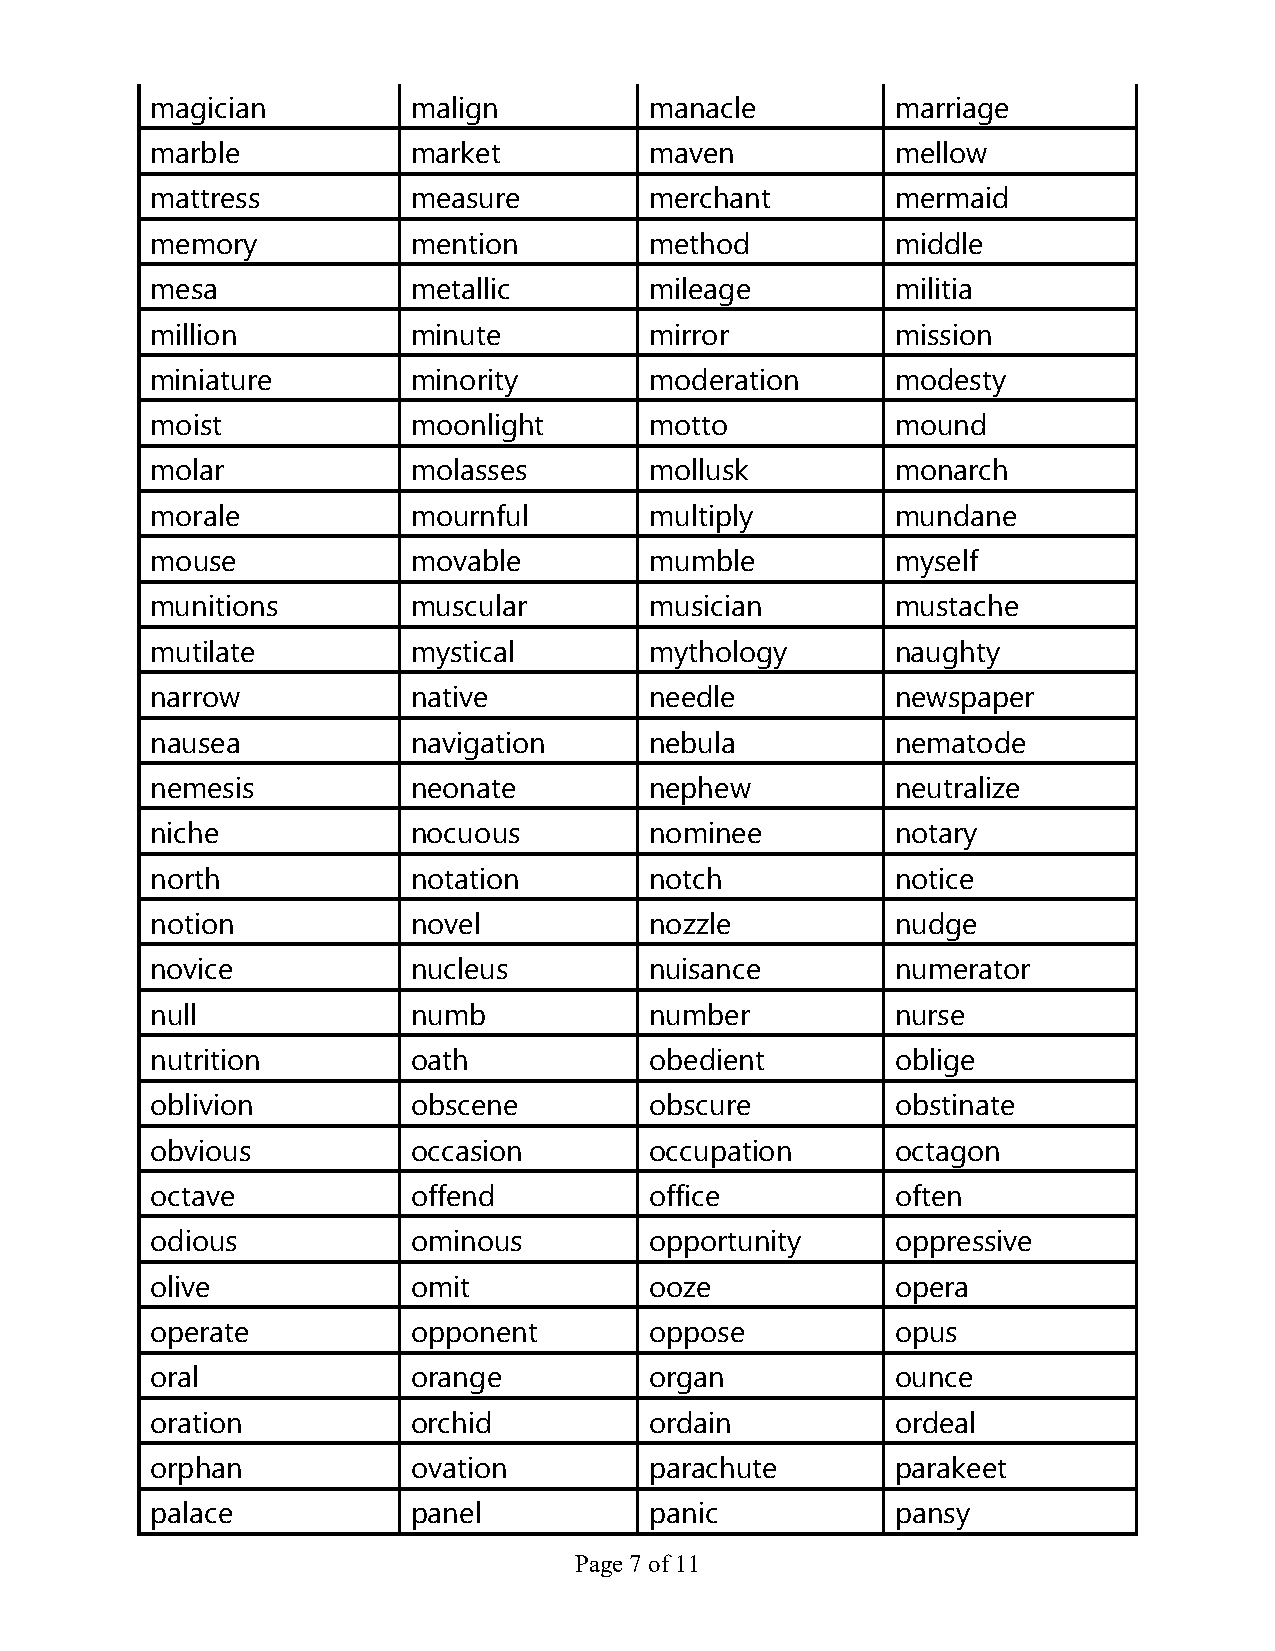
magician         malign          manacle         marriage
 marble           market          maven           mellow
 mattress         measure         merchant        mermaid
 memory           mention         method          middle
 mesa             metallic        mileage         militia
 million          minute          mirror          mission
 miniature        minority        moderation      modesty
 moist            moonlight       motto           mound
 molar            molasses        mollusk         monarch
 morale           mournful        multiply        mundane
 mouse            movable         mumble          myself
 munitions        muscular        musician        mustache
 mutilate         mystical        mythology       naughty
 narrow           native          needle          newspaper
 nausea           navigation      nebula          nematode
 nemesis          neonate         nephew          neutralize
 niche            nocuous         nominee         notary
 north            notation        notch           notice
 notion           novel           nozzle          nudge
 novice           nucleus         nuisance        numerator
 null             numb            number          nurse
 nutrition        oath            obedient        oblige
 oblivion         obscene         obscure         obstinate
 obvious          occasion        occupation      octagon
 octave           offend          office          often
 odious           ominous         opportunity     oppressive
 olive            omit            ooze            opera
 operate          opponent        oppose          opus
 oral             orange          organ           ounce
 oration          orchid          ordain          ordeal
 orphan           ovation         parachute       parakeet
 palace           panel           panic           pansy
 Page 7 of 11